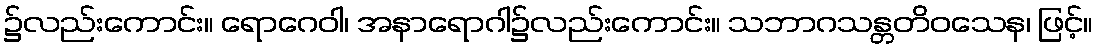
၌လည်းကောင်း။ ရောဂေဝါ၊ အနာရောဂါ၌လည်းကောင်း။ သဘာဂသန္တတိဝသေန၊ ဖြင့်။